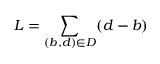
L = \sum _ { ( b , d ) \in D } ( d - b )